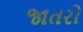
જાતરો